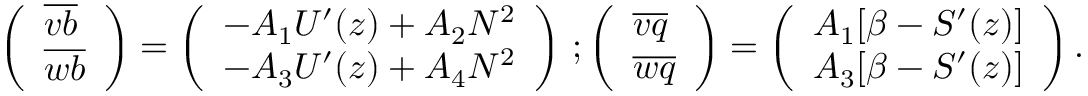
\begin{array} { r } { \left( \begin{array} { l } { \overline { { v b } } } \\ { \overline { { w b } } } \end{array} \right) = \left( \begin{array} { l } { - A _ { 1 } U ^ { \prime } ( z ) + A _ { 2 } N ^ { 2 } } \\ { - A _ { 3 } U ^ { \prime } ( z ) + A _ { 4 } N ^ { 2 } } \end{array} \right) \, ; \left( \begin{array} { l } { \overline { { v q } } } \\ { \overline { { w q } } } \end{array} \right) = \left( \begin{array} { l } { A _ { 1 } [ \beta - { \cal S } ^ { \prime } ( z ) ] } \\ { A _ { 3 } [ \beta - { \cal S } ^ { \prime } ( z ) ] } \end{array} \right) . } \end{array}